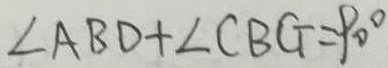
\angle A B D + \angle C B G = 9 0 ^ { \circ }